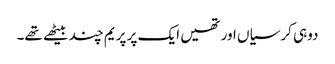
دوہی کرسیاں اور تھیں ایک پر پریم چند بیٹھے تھے۔